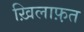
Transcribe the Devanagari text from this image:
ख़िलाफ़़त